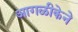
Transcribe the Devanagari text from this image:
आगळीकेने